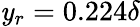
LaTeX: \mathit{y}_{r}=0.224\delta